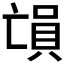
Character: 𠅳